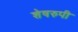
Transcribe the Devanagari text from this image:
शेषरुपी